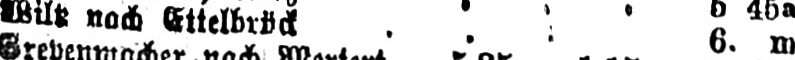
nach Ettelbrück ... 6.m